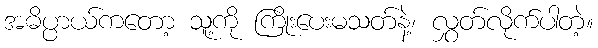
အဓိပ္ပာယ်ကတော့ သူ့ကို ကြိုးပေးမသတ်နဲ့၊ လွှတ်လိုက်ပါတဲ့။